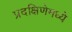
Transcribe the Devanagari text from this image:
प्रदक्षिणेमध्ये